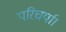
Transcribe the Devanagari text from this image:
परिचर्या।